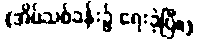
(အိမ်သစ်ခန်း၌ ရေးခဲ့ပြီ။)